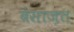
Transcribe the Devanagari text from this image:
बेसाज़त